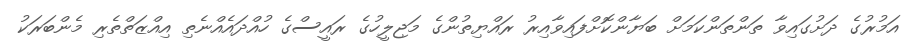
އަމުރުގެ ދަށުގައިވާ ތަންތަންކަމަށް ބަޔާންކޮށްފައިވާއިރު ރައްޔިތުންގެ މަޖިލީހުގެ ރައީސްގެ ހުއްދައެއްނެތި އިއްޒަތްތެރި މެންބަރަކު